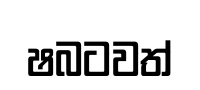
ෂබටවත්